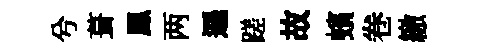
兮葺鳯两遜蹉故蠙卷繳